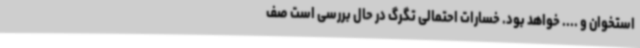
استخوان و .... خواهد بود. خسارات احتمالی تگرگ در حال بررسی است صف